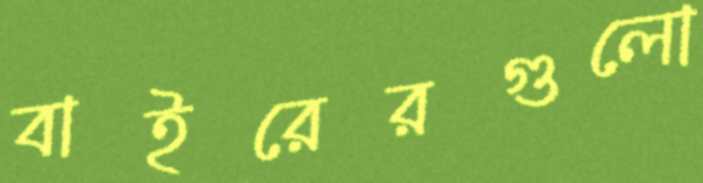
বাইরেরগুলো